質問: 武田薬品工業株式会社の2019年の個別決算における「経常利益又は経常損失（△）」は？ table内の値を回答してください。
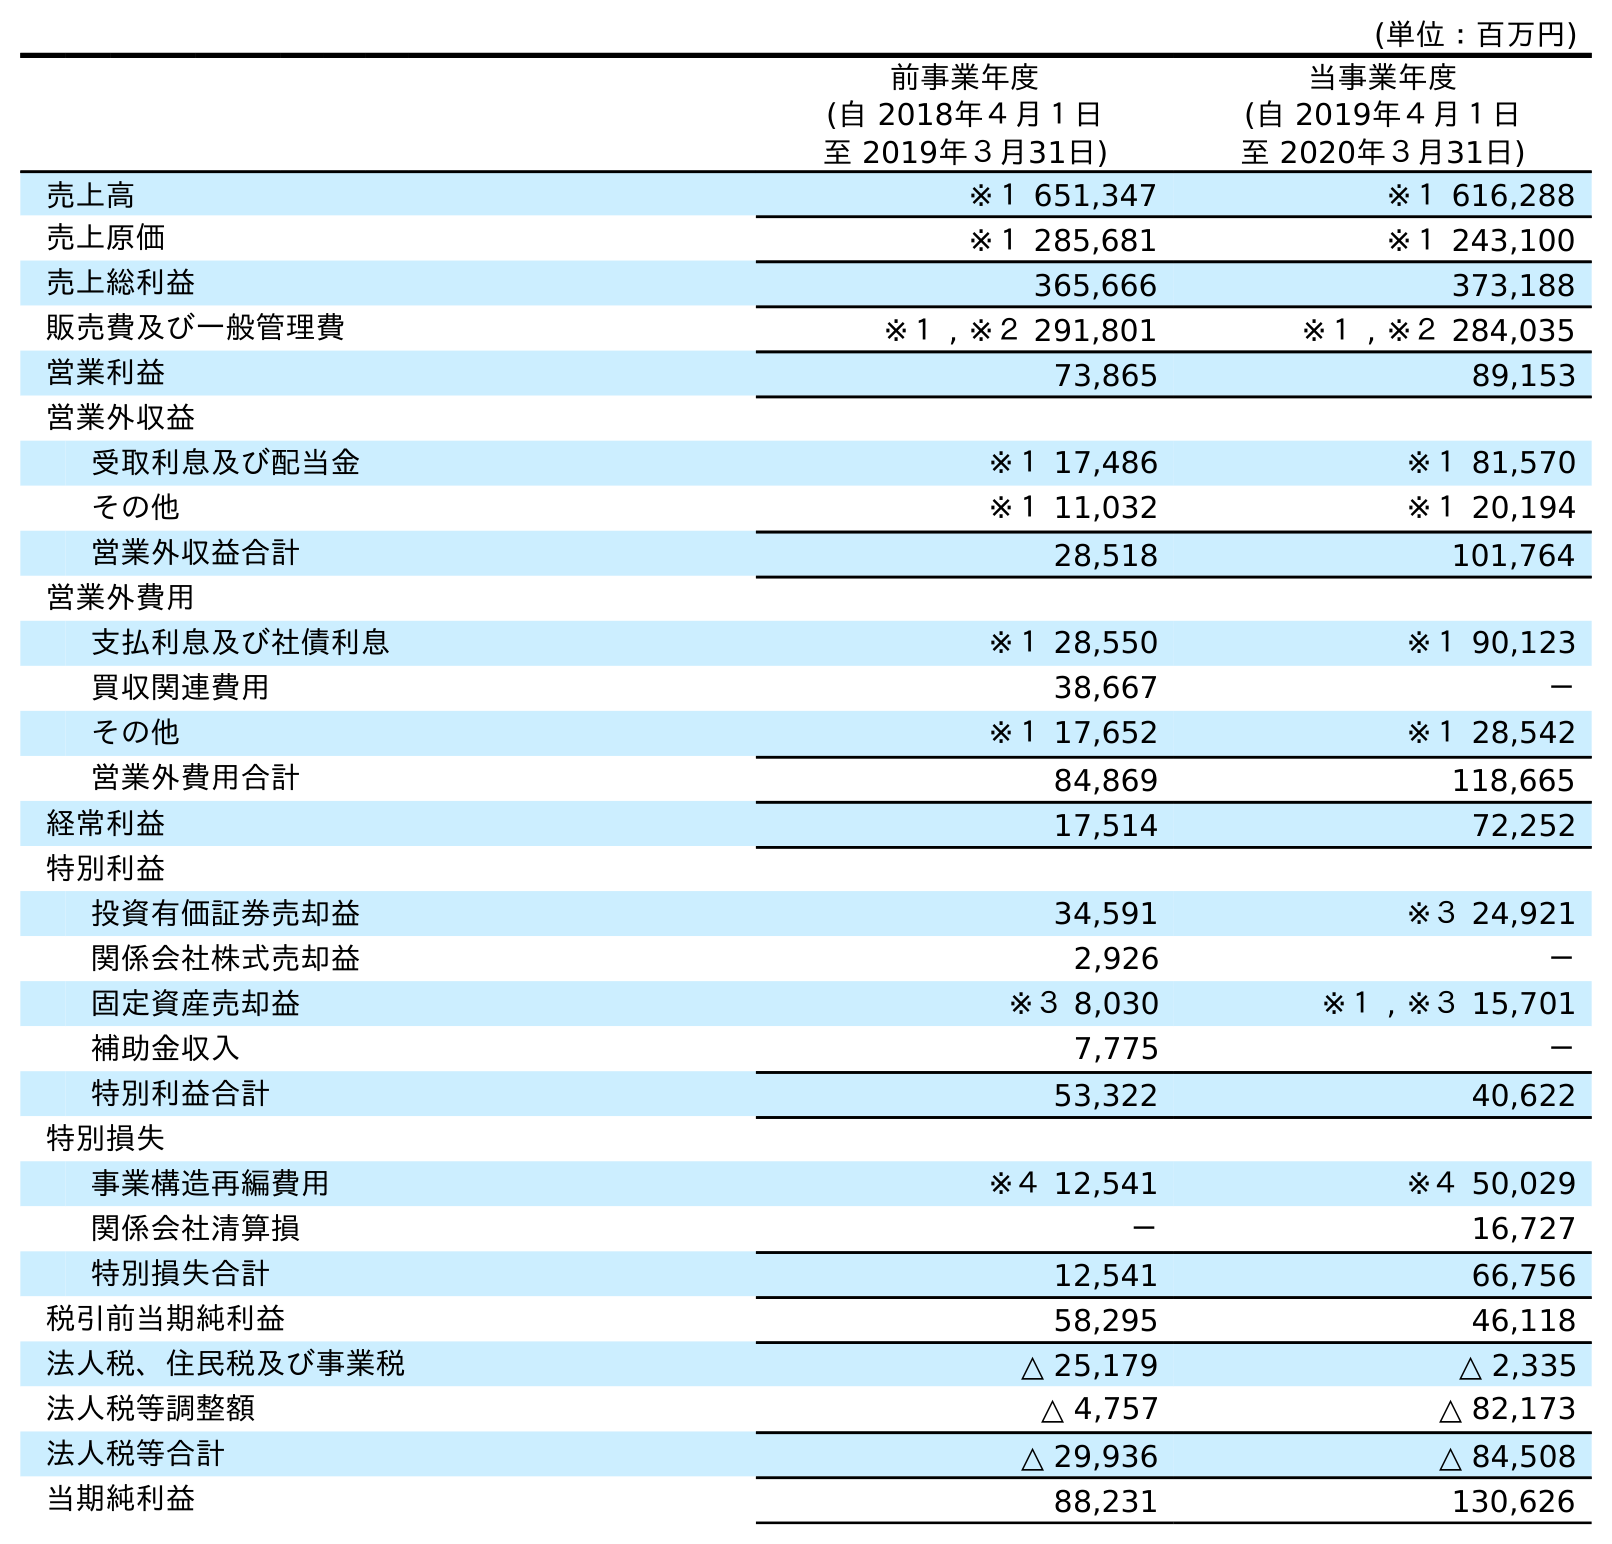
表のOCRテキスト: (単位：百万円) 前事業年度 (自 2018年４月１日 至 2019年３月31日) 当事業年度 (自 2019年４月１日 至 2020年３月31日) 売上高 ※１ 651,347 ※１ 616,288 売上原価 ※１ 285,681 ※１ 243,100 売上総利益 365,666 373,188 販売費及び一般管理費 ※１ , ※２ 291,801 ※１ , ※２ 284,035 営業利益 73,865 89,153 営業外収益 受取利息及び配当金 ※１ 17,486 ※１ 81,570 その他 ※１ 11,032 ※１ 20,194 営業外収益合計 28,518 101,764 営業外費用 支払利息及び社債利息 ※１ 28,550 ※１ 90,123 買収関連費用 38,667 － その他 ※１ 17,652 ※１ 28,542 営業外費用合計 84,869 118,665 経常利益 17,514 72,252 特別利益 投資有価証券売却益 34,591 ※３ 24,921 関係会社株式売却益 2,926 － 固定資産売却益 ※３ 8,030 ※１ , ※３ 15,701 補助金収入 7,775 － 特別利益合計 53,322 40,622 特別損失 事業構造再編費用 ※４ 12,541 ※４ 50,029 関係会社清算損 － 16,727 特別損失合計 12,541 66,756 税引前当期純利益 58,295 46,118 法人税、住民税及び事業税 △ 25,179 △ 2,335 法人税等調整額 △ 4,757 △ 82,173 法人税等合計 △ 29,936 △ 84,508 当期純利益 88,231 130,626
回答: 17,514